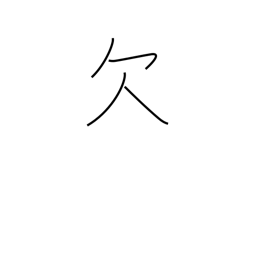
Meaning: lack